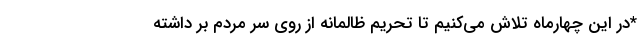
*در این چهارماه تلاش می‌کنیم تا تحریم ظالمانه از روی سر مردم بر داشته